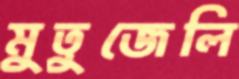
মুতুজেলি